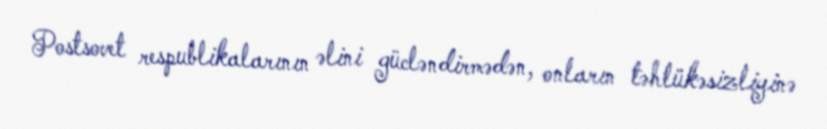
Postsovet respublikalarının əlini gücləndirmədən, onların təhlükəsizliyinə